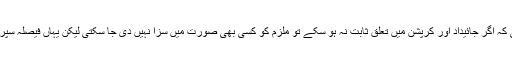
سپریم کورٹ بھی یہ فیصلہ دے چکی کہ اگر جائیداد اور کرپشن میں تعلق ثابت نہ ہو سکے تو ملزم کو کسی بھی صورت میں سزا نہیں دی جا سکتی لیکن یہاں فیصلہ سپریم کورٹ کے فیصلے کے بالکل اُلٹ۔